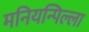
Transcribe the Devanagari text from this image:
मनियन्पिल्ला